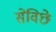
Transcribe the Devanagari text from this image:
सेविछे